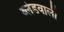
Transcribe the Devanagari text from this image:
ब्लेडवाली